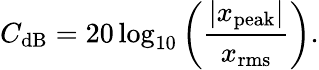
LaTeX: {C}_{\mathrm{dB}}=20\log_{10}\left({\frac{|x_{\mathrm{peak}}|}{x_{\mathrm{rms}}}}\right).